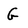
Character: G